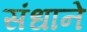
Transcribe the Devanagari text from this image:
संधाने